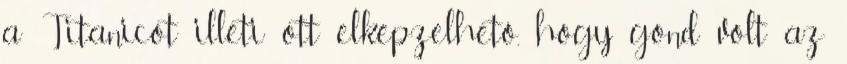
a Titanicot illeti ott elképzelhető, hogy gond volt az